Civil Veterinary Department Bihar reports 1936-40 - 1936-1940
Year: 1936
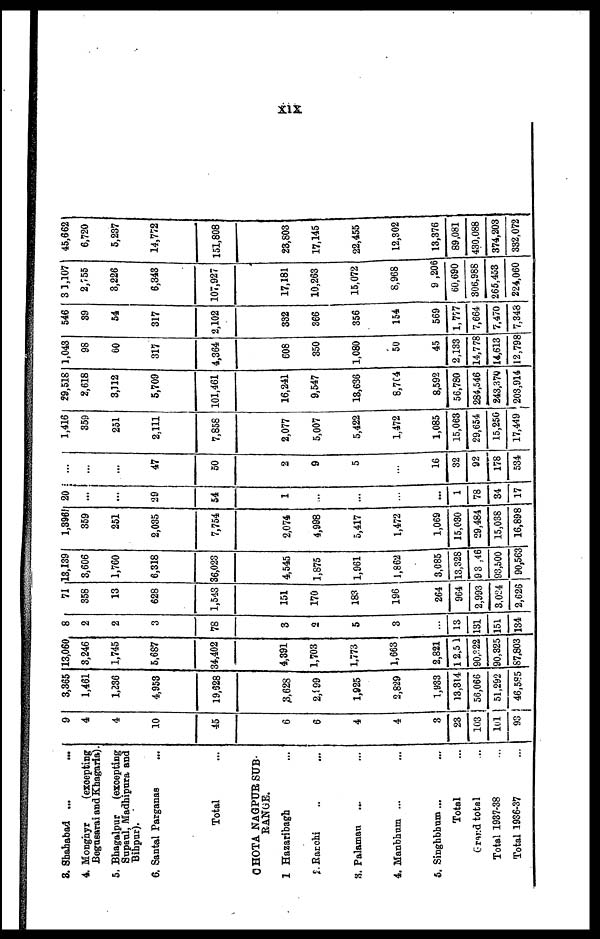
xix
3. Shahabad ...
...
4. Monghyr
(excepting
Begusarai and Khagaria).
5. Bhagalpur
(excepting
Supaul, Madhipura and
Bihpur).
6. Santal Parganas ...
Total ...
CHOTA NAGPUR SUB-
RANGE.
1 Hazaribagh ...
2. Ranchi .. ...
3. Palamau ... ...
4. Manbhum ... ...
5. Singhbhum ... ...
Total
Grand total ...
Total 1937-38
Total 1936-37
9
4
4
10
45
6
6
4
4
3
23
103
101
93
3,365
1,461
1,236
4,953
19,628
3,628
2,199
1,925
2,829
1,933
13,314
56,066
51,292
46,585
13,060
3,246
1,745
5,687
34,402
4,391
1,703
1,773
1,663
2,821
12,5 1
90,222
90,325
87,803
8
2
2
3
78
3
2
5
3
13
131
151
134
71
358
13
628
1,543
151
170
183
196
264
964
2,993
3,024
2,626
13,139
3,606
1,760
6,318
36,023
4,545
1,875
1,961
1,862
3,085
13,328
93 ,46
93,500
| 90,563
1,396
359
251
2,035
7,754
2,074
4,998
5,417
1,472
1,069
15,030
29,484
15,038
16,898
20
...
...
29
54
1
...
1
78
34
17
...
...
...
47
50
2
9
5
16
32
92
178
534
1,416
359
251
2,111
7,858
2,077
5,007
5,422
1,472
1,085
15,063
29,654
15,250
17,449
29,518
2,618
3,112
5,709
101,461
16,241
9,547
13,636
8,7C4
8,592
56,780
284,546
243,379
203,914
1,043
98
60
317
4,364
608
350
1,080
50
45
2,133
14,778
14,613
12,798
546
39
54
317
2,102
332
366
356
154
569
1,777
7,664
7,470
7,348
3 1,107
2,755
3,226
6,343
107,927
17,181
10,263
15,072
8,968
9 ,206
60,690
306,988
265,453
224,060
45,662
6,720
5,237
14,772
151,808
23,803
17,145
22,455
12,302
13,376
89,081
430,088
374,203
332,072